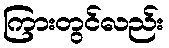
ကြားတွင်လည်း